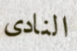
النادى